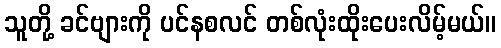
သူတို့ ခင်ဗျားကို ပင်နစလင် တစ်လုံးထိုးပေးလိမ့်မယ်။